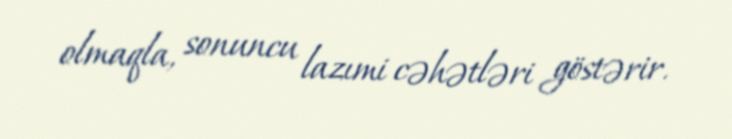
olmaqla, sonuncu lazımi cəhətləri göstərir.